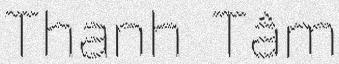
Thanh Tâm